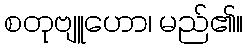
စတုဗျူဟော၊ မည်၏။